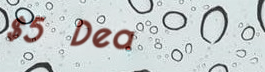
$5 Deal